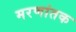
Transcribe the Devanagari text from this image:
मरणांतक